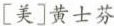
[美]黄士芬